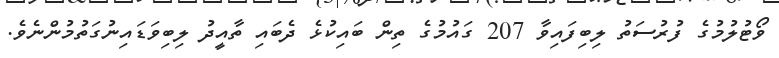
ވޯޓުލުމުގެ ފުރުސަތު ލިބިފައިވާ 207 ގައުމުގެ ތިން ބައިކުޅެ ދެބައި ތާއީދު ލިބިވަޑައިނުގަތުމުންނެވެ.